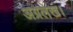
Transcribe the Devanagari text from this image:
अग्रलेख।